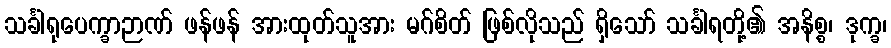
သင်္ခါရုပေက္ခာဉာဏ် ဖန်ဖန် အားထုတ်သူအား မဂ်စိတ် ဖြစ်လိုသည် ရှိသော် သင်္ခါရတို့၏ အနိစ္စ၊ ဒုက္ခ၊